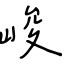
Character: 峻